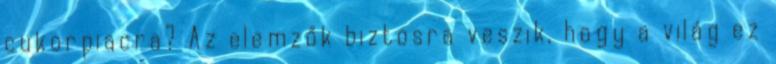
cukorpiacra? Az elemzők biztosra veszik, hogy a világ ez